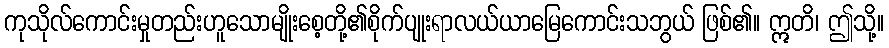
ကုသိုလ်ကောင်းမှုတည်းဟူသောမျိုးစေ့တို့၏စိုက်ပျုးရာလယ်ယာမြေကောင်းသဘွယ် ဖြစ်၏။ ဣတိ၊ ဤသို့။